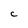
Character: C